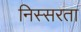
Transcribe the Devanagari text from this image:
निस्सरता